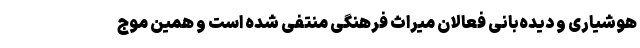
هوشیاری و دیده‌بانی فعالان میراث فرهنگی منتفی شده است و همین موج